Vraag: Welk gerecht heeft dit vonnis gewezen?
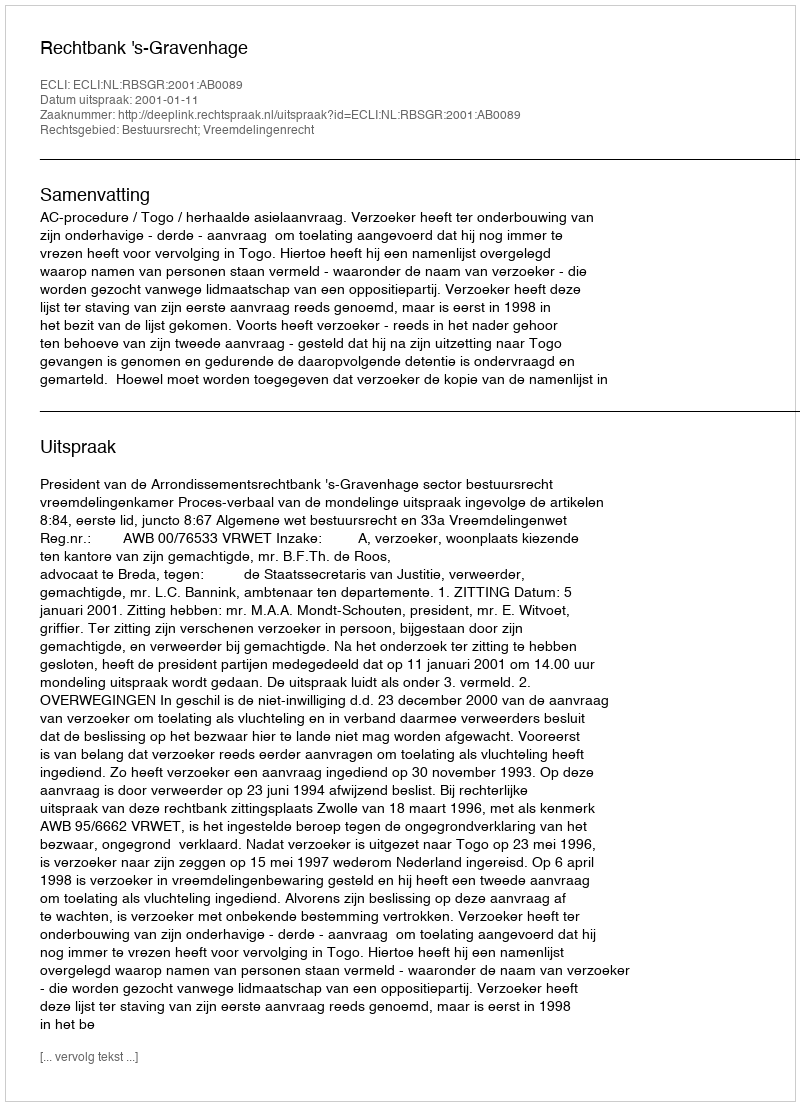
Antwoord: Rechtbank 's-Gravenhage